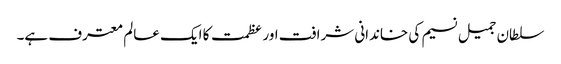
سلطان جمیل نسیم کی خاندانی شرافت اور عظمت کا ایک عالم معترف ہے۔